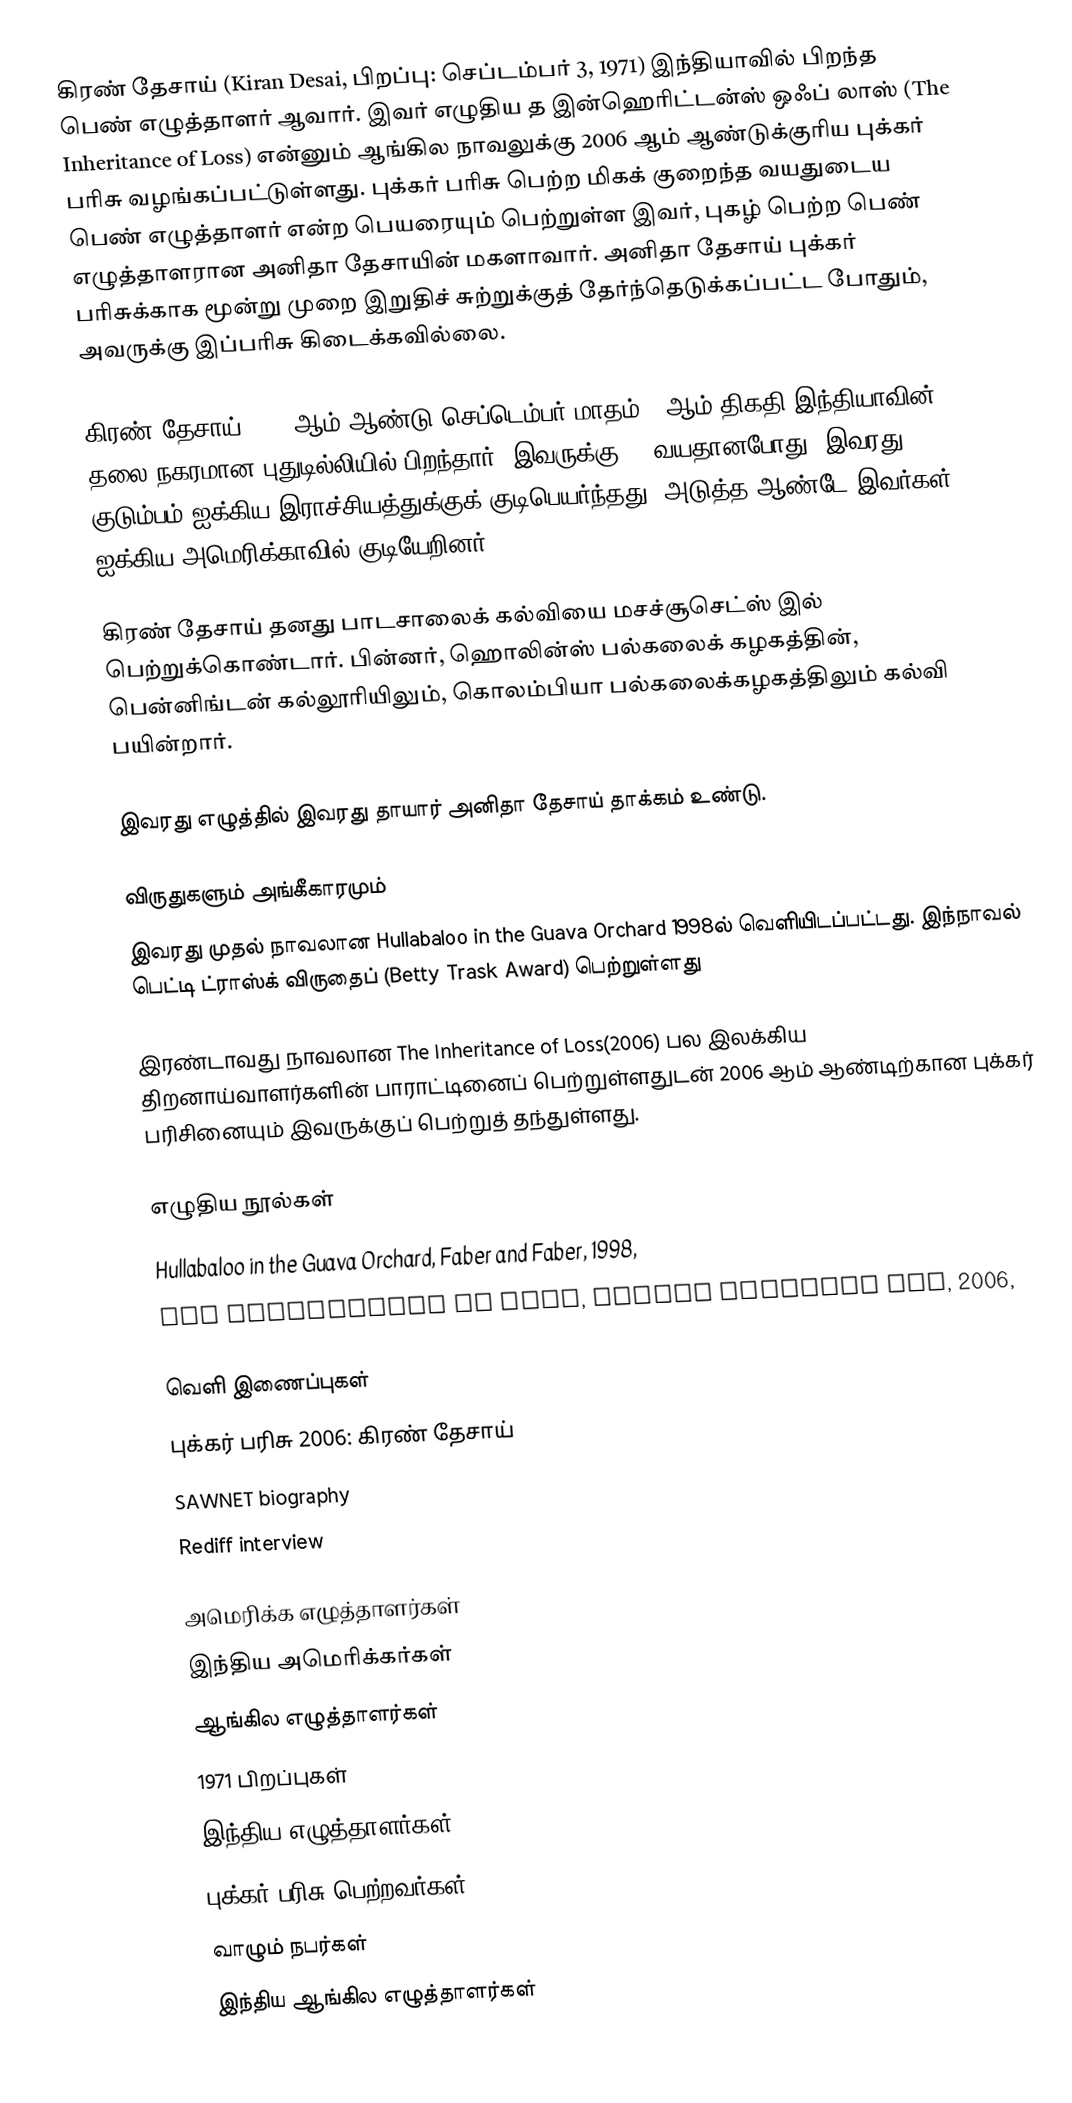
கிரண் தேசாய் (Kiran Desai, பிறப்பு: செப்டம்பர் 3, 1971) இந்தியாவில் பிறந்த பெண் எழுத்தாளர் ஆவார். இவர் எழுதிய த இன்ஹெரிட்டன்ஸ் ஒஃப் லாஸ் (The Inheritance of Loss) என்னும் ஆங்கில நாவலுக்கு 2006 ஆம் ஆண்டுக்குரிய புக்கர் பரிசு வழங்கப்பட்டுள்ளது. புக்கர் பரிசு பெற்ற மிகக் குறைந்த வயதுடைய பெண் எழுத்தாளர் என்ற பெயரையும் பெற்றுள்ள இவர், புகழ் பெற்ற பெண் எழுத்தாளரான அனிதா தேசாயின் மகளாவார். அனிதா தேசாய் புக்கர் பரிசுக்காக மூன்று முறை இறுதிச் சுற்றுக்குத் தேர்ந்தெடுக்கப்பட்ட போதும், அவருக்கு இப்பரிசு கிடைக்கவில்லை.

கிரண் தேசாய் 1971 ஆம் ஆண்டு செப்டெம்பர் மாதம் 3 ஆம் திகதி இந்தியாவின் தலை நகரமான புதுடில்லியில் பிறந்தார். இவருக்கு 14 வயதானபோது, இவரது குடும்பம் ஐக்கிய இராச்சியத்துக்குக் குடிபெயர்ந்தது. அடுத்த ஆண்டே இவர்கள் ஐக்கிய அமெரிக்காவில் குடியேறினர்.

கிரண் தேசாய் தனது பாடசாலைக் கல்வியை மசச்சூசெட்ஸ் இல் பெற்றுக்கொண்டார். பின்னர், ஹொலின்ஸ் பல்கலைக் கழகத்தின், பென்னிங்டன் கல்லூரியிலும், கொலம்பியா பல்கலைக்கழகத்திலும் கல்வி பயின்றார்.

இவரது எழுத்தில் இவரது தாயார் அனிதா தேசாய் தாக்கம் உண்டு.

விருதுகளும் அங்கீகாரமும்
இவரது முதல் நாவலான Hullabaloo in the Guava Orchard 1998ல் வெளியிடப்பட்டது. இந்நாவல் பெட்டி ட்ராஸ்க் விருதைப் (Betty Trask Award) பெற்றுள்ளது

இரண்டாவது நாவலான The Inheritance of Loss(2006) பல இலக்கிய திறனாய்வாளர்களின் பாராட்டினைப் பெற்றுள்ளதுடன் 2006 ஆம் ஆண்டிற்கான புக்கர் பரிசினையும் இவருக்குப் பெற்றுத் தந்துள்ளது.

எழுதிய நூல்கள்
 Hullabaloo in the Guava Orchard, Faber and Faber, 1998,
 The Inheritance of Loss, Hamish Hamilton Ltd, 2006,

வெளி இணைப்புகள்
 புக்கர் பரிசு 2006: கிரண் தேசாய்
 SAWNET biography
 Rediff interview

அமெரிக்க எழுத்தாளர்கள்
இந்திய அமெரிக்கர்கள்
ஆங்கில எழுத்தாளர்கள்
1971 பிறப்புகள்
இந்திய எழுத்தாளர்கள்
புக்கர் பரிசு பெற்றவர்கள்
வாழும் நபர்கள்
இந்திய ஆங்கில எழுத்தாளர்கள்